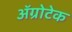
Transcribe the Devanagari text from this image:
अॅग्रोटेक